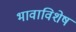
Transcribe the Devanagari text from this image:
भावाविशेष